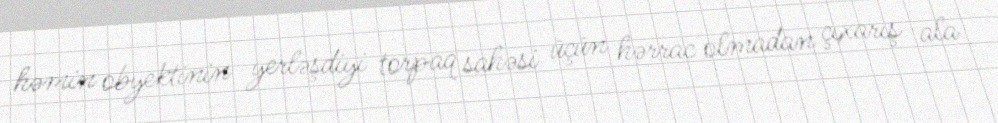
həmin obyektinin yerləşdiyi torpaq sahəsi üçün hərrac olmadan çıxarış ala